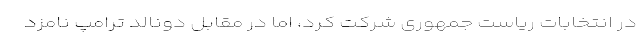
در انتخابات ریاست جمهوری شرکت کرد، اما در مقابل دونالد ترامپ نامزد